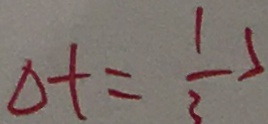
\Delta t = \frac { 1 } { 3 }